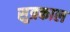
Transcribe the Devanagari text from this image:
सुत्रकाल